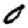
Digit: 0